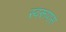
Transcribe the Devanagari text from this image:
स्वरूपास